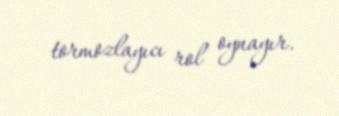
tormozlayıcı rol oynayır.